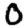
Digit: 0